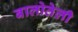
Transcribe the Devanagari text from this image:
बालोतेली